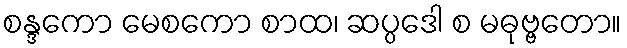
စန္ဒကော မေစကော စာထ၊ ဆပ္ပဒေါ စ မဓုဗ္ဗတော။